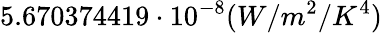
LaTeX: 5.670374419\cdot 10^{-8}(W/m^{2}/K^{4})